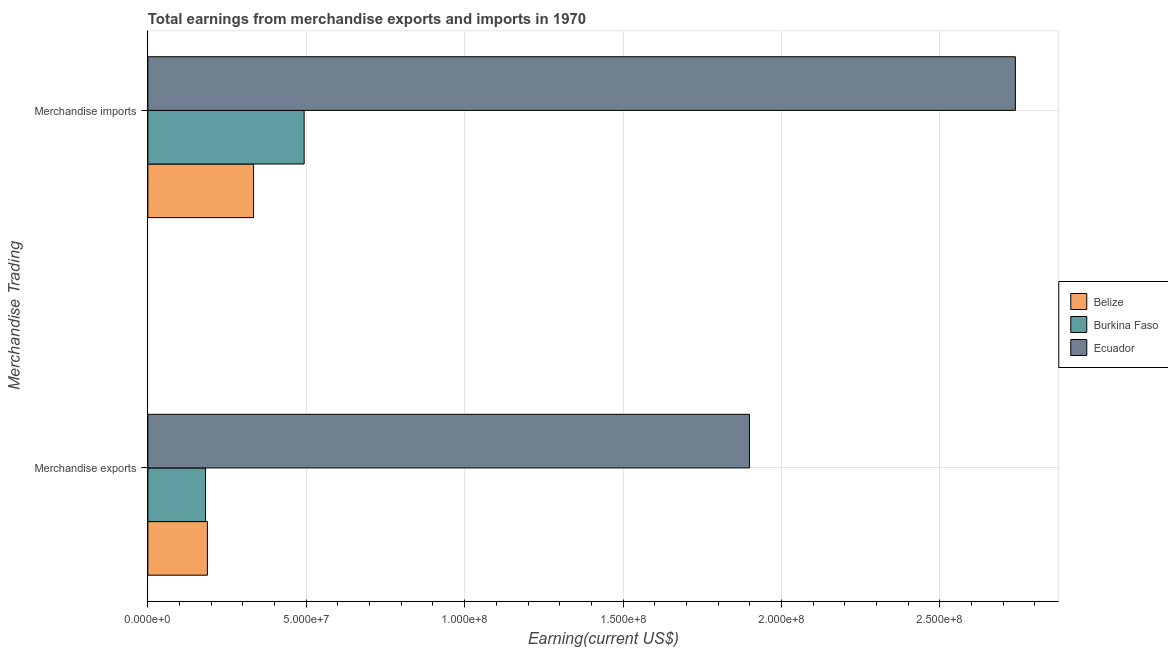
| Merchandise Trading | Belize | Burkina Faso | Ecuador |
 | --- | --- | --- | --- |
 | Merchandise exports | 1.88e+07 | 1.82e+07 | 1.9e+08 |
 | Merchandise imports | 3.34e+07 | 4.93e+07 | 2.74e+08 |